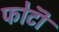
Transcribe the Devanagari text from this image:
फोटॊ